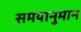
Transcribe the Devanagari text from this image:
समयानुमान